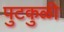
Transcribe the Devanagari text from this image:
पुटकुळी